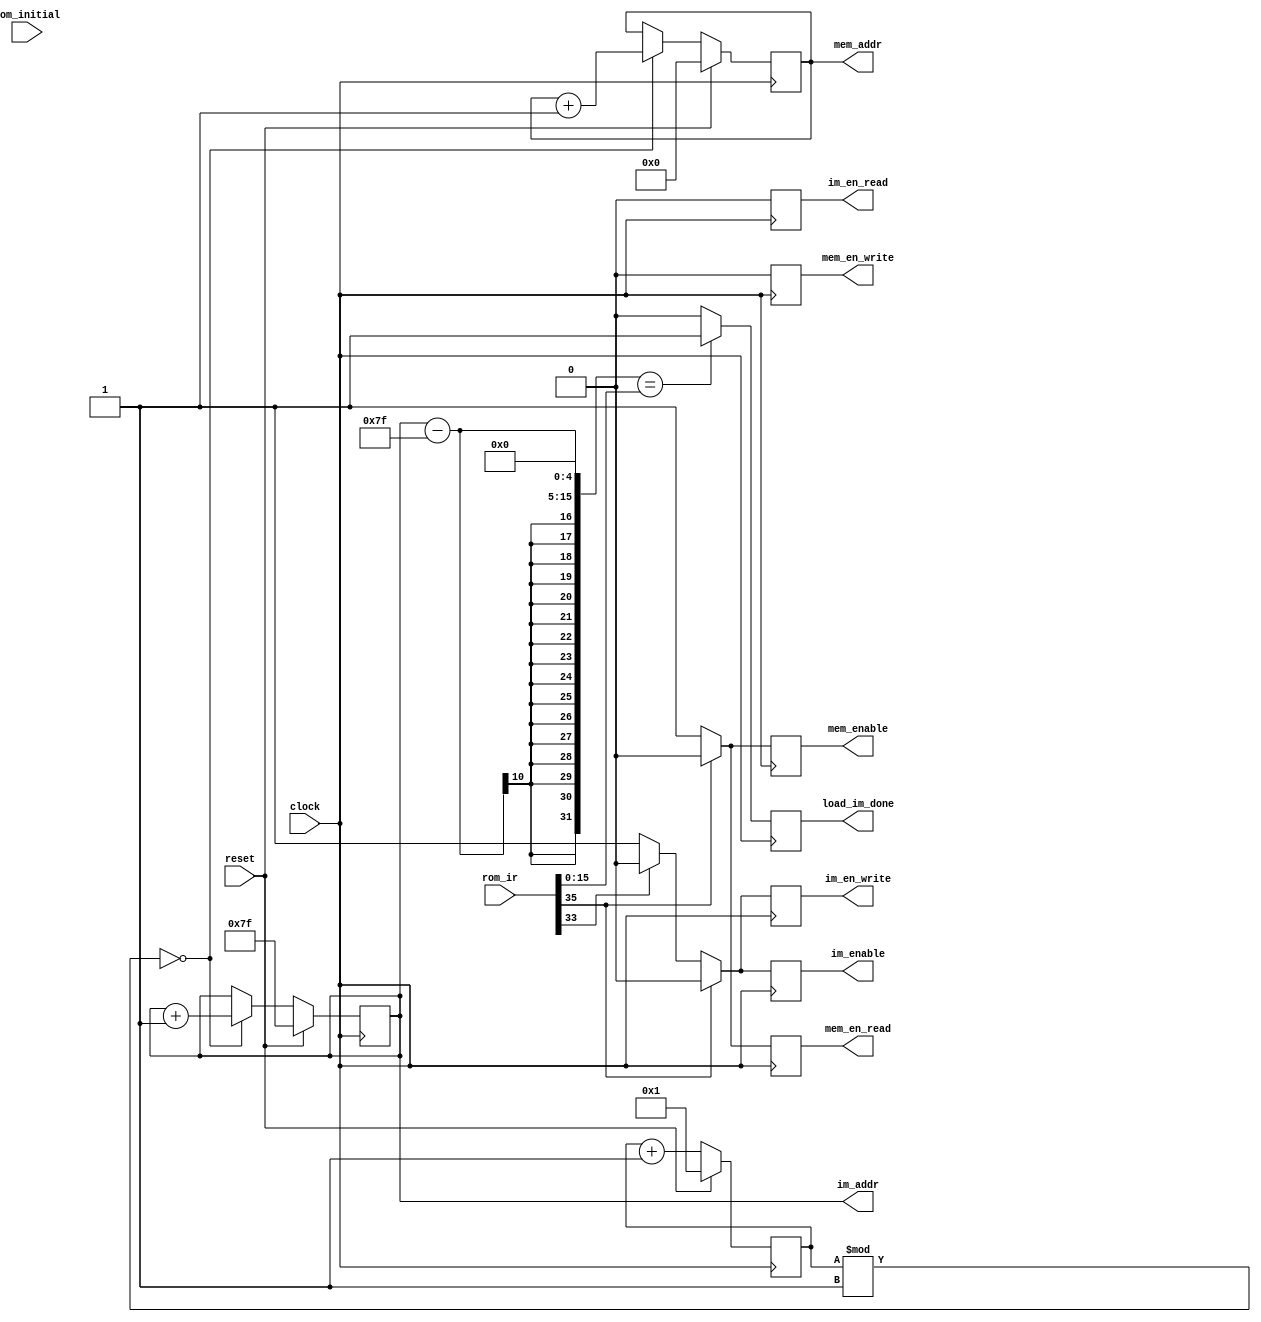
module mem_controller(load_im_done, im_enable, im_en_read, im_en_write, im_addr, mem_enable, mem_en_read, mem_en_write, mem_addr, rom_ir, rom_initial, reset, clock);

  parameter cycle = 1; // FIXME
  parameter im_start = 'h7F; // FIXME

  // TODO: DM
  input clock;
  input reset;
  input rom_initial; // FIXME
  input [35:0]rom_ir;
  
  output im_enable;
  output im_en_read;
  output im_en_write;
  output [9:0]im_addr;

  output mem_enable;
  output mem_en_read; 
  output mem_en_write; 
  output [13:0]mem_addr; // TODO

  output load_im_done; 

  // internal
  reg im_enable;
  reg im_en_read;
  reg im_en_write;
  reg [9:0]im_addr;

  reg mem_enable;
  reg mem_en_read; 
  reg mem_en_write; 
  reg [13:0]mem_addr; 

  wire ir_rst    = rom_ir[35];
  wire ir_en     = rom_ir[34];
  wire ir_select = rom_ir[33];
  wire ir_read   = rom_ir[32];
  wire [15:0]ir_start_address = rom_ir[31:16];
  wire [15:0]ir_size = rom_ir[15:0];
  
  // internal 
  reg [127:0]clock_cnt;
  reg load_im_done;

  always @ (negedge clock) begin
    if (reset)
      clock_cnt <= 1;
    else
      clock_cnt <= clock_cnt + 1; 
  end

  always @ (negedge clock) begin
    if (reset) begin
      im_addr <= im_start;
      mem_addr <= 0; 
    end else begin
      if (clock_cnt % cycle == 0) begin
        im_addr <= im_addr + 1;
        mem_addr <= mem_addr + 1;
      end else begin
        im_addr <= im_addr;
        mem_addr <= mem_addr;
      end
    end
  end
  
  always @ (negedge clock) begin
    if (((im_addr - im_start) << 5) == ir_size) 
      load_im_done <= 1;
    else
      load_im_done <= 0;
  end

  always @ (negedge clock) begin
    if (ir_rst) begin
      if (ir_select == 0) begin // reset IM
//        im_reset <= 1;
        im_enable <= 0;
        im_en_read <= 0;
        im_en_write <= 0;
        mem_enable <= 0;
        mem_en_read <= 0;
        mem_en_write <= 0;
      end else begin  // reset DM
//        im_reset <= 0;
        im_enable <= 0;
        im_en_read <= 0;
        im_en_write <= 0;
        mem_enable <= 0;
        mem_en_read <= 0;
        mem_en_write <= 0;
      end
    end else begin // load
      if (ir_select == 0) begin // load IM
//        im_reset <= 0;
        im_enable <= 1;
        im_en_read <= 0;
        im_en_write <= 1;
        mem_enable <= 1;
        mem_en_read <= 1;
        mem_en_write <= 0;
      end else begin // load DM
//        im_reset <= 0;
        im_enable <= 0;
        im_en_read <= 0;
        im_en_write <= 0;
        mem_enable <= 1;
        mem_en_read <= 1;
        mem_en_write <= 0;
      end
    end
  end

endmodule